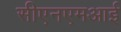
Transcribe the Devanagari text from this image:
सीएनएमआई